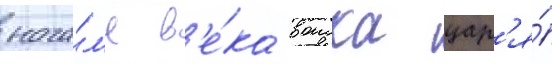
нача́л'е в'е́ка воиска цар'я́